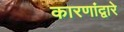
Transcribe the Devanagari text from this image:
कारणांद्वारे